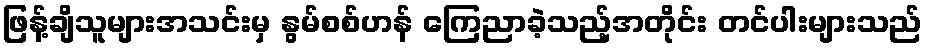
ဖြန့်ချိသူများအသင်းမှ နွမ်စစ်ဟန် ကြေညာခဲ့သည့်အတိုင်း တင်ပါးများသည်